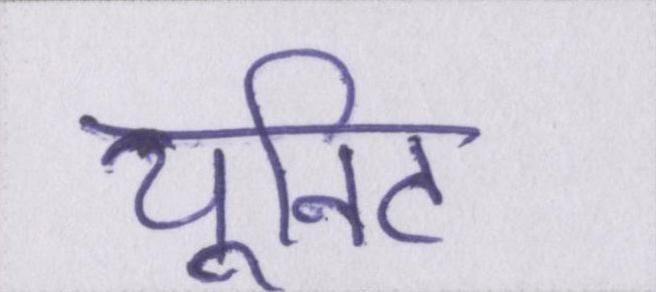
यूनिट